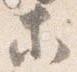
等